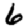
Digit: 6